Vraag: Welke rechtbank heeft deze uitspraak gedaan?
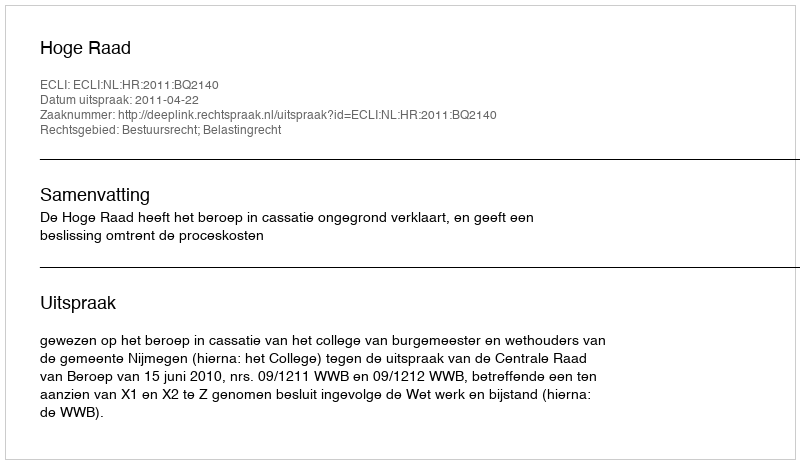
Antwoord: Hoge Raad